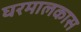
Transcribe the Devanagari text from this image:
घरमालकास